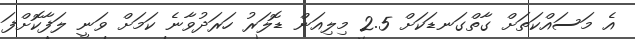
އެ މަސައްކަތަށް ގާތްގަނޑަކަށް 2.5 މިލިއަން ޑޮލަރު ހަރަދުވާނެ ކަމަށް ވަނީ ލަފާކޮށްފަ